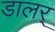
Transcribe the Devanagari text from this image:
डालर्